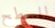
للسطح